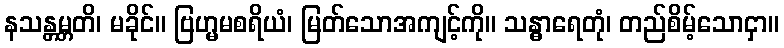
နသန္တမ္ဘတိ၊ မခိုင်။ ဗြဟ္မမစရိယံ၊ မြတ်သောအကျင့်ကို။ သန္ဓာရေတုံ၊ တည်စိမ့်သောငှာ။